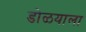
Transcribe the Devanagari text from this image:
डोळयाला